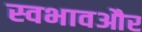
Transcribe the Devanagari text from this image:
स्वभावऔर